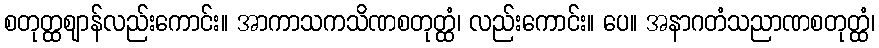
စတုတ္ထဈာန်လည်းကောင်း။ အာကာသကသိဏစတုတ္ထံ၊ လည်းကောင်း။ ပေ။ အနာဂတံသညာဏစတုတ္ထံ၊